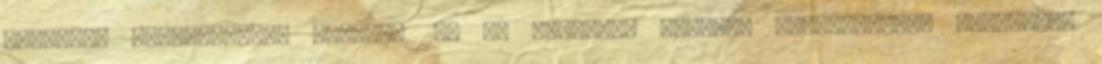
hadsereg megsemmisül. február 10. Az Egyesült Államok kongresszusa elfogadja